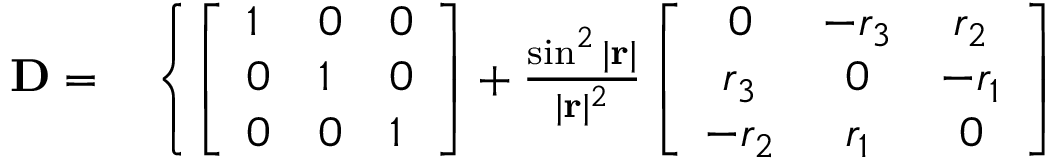
\begin{array} { r l } { \mathbf { D } = } & { { } \left\{ \left[ \begin{array} { l l l } { 1 } & { 0 } & { 0 } \\ { 0 } & { 1 } & { 0 } \\ { 0 } & { 0 } & { 1 } \end{array} \right] + \frac { \sin ^ { 2 } | \mathbf { r } | } { | \mathbf { r } | ^ { 2 } } \left[ \begin{array} { c c c } { 0 } & { - r _ { 3 } } & { r _ { 2 } } \\ { r _ { 3 } } & { 0 } & { - r _ { 1 } } \\ { - r _ { 2 } } & { r _ { 1 } } & { 0 } \end{array} \right] \right. } \end{array}